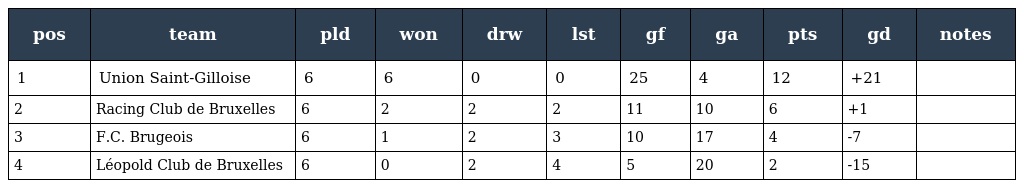
| pos | team | pld | won | drw | lst | gf | ga | pts | gd | notes |
 | --- | --- | --- | --- | --- | --- | --- | --- | --- | --- | --- |
 | 1 | Union Saint-Gilloise | 6 | 6 | 0 | 0 | 25 | 4 | 12 | +21 |  |
 | 2 | Racing Club de Bruxelles | 6 | 2 | 2 | 2 | 11 | 10 | 6 | +1 |  |
 | 3 | F.C. Brugeois | 6 | 1 | 2 | 3 | 10 | 17 | 4 | -7 |  |
 | 4 | Léopold Club de Bruxelles | 6 | 0 | 2 | 4 | 5 | 20 | 2 | -15 |  |